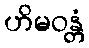
ဟိမဝန္တံ